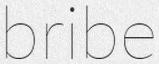
bribe